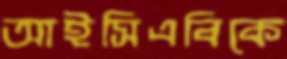
আইসিএবিকে